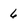
Character: 6